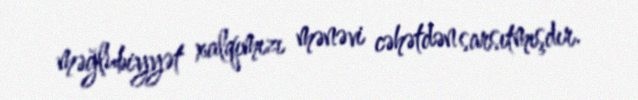
məğlubiyyət xalqımızı mənəvi cəhətdən sarsıtmışdır.